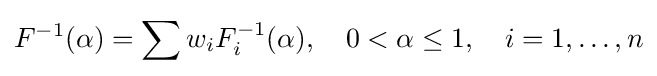
F^{-1}(\alpha )=\sum w_{i}F_{i}^{-1}(\alpha ),\quad 0<\alpha \leq 1,\quad i=1,\ldots ,n